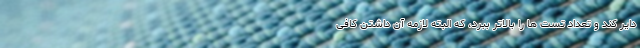
دایر کند و تعداد تست ها را بالاتر ببرد، که البته لازمه آن داشتن کافی